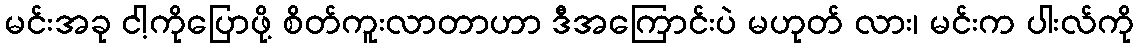
မင်းအခု ငါ့ကိုပြောဖို့ စိတ်ကူးလာတာဟာ ဒီအကြောင်းပဲ မဟုတ် လား၊ မင်းက ပါးလ်ကို